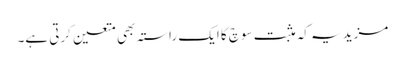
مزید یہ کہ مثبت سوچ کا ایک راستہ بھی متعین کرتی ہے۔